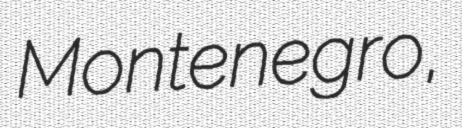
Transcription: Montenegro,